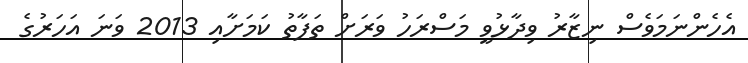
އެހެންނަމަވެސް ނިޒާރު ވިދާޅުވީ މަސްރަހު ވަރަށް ތަފާތު ކަމަށާއި 2013 ވަނަ އަހަރުގެ